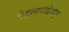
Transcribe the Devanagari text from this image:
वेदनामधेयम्